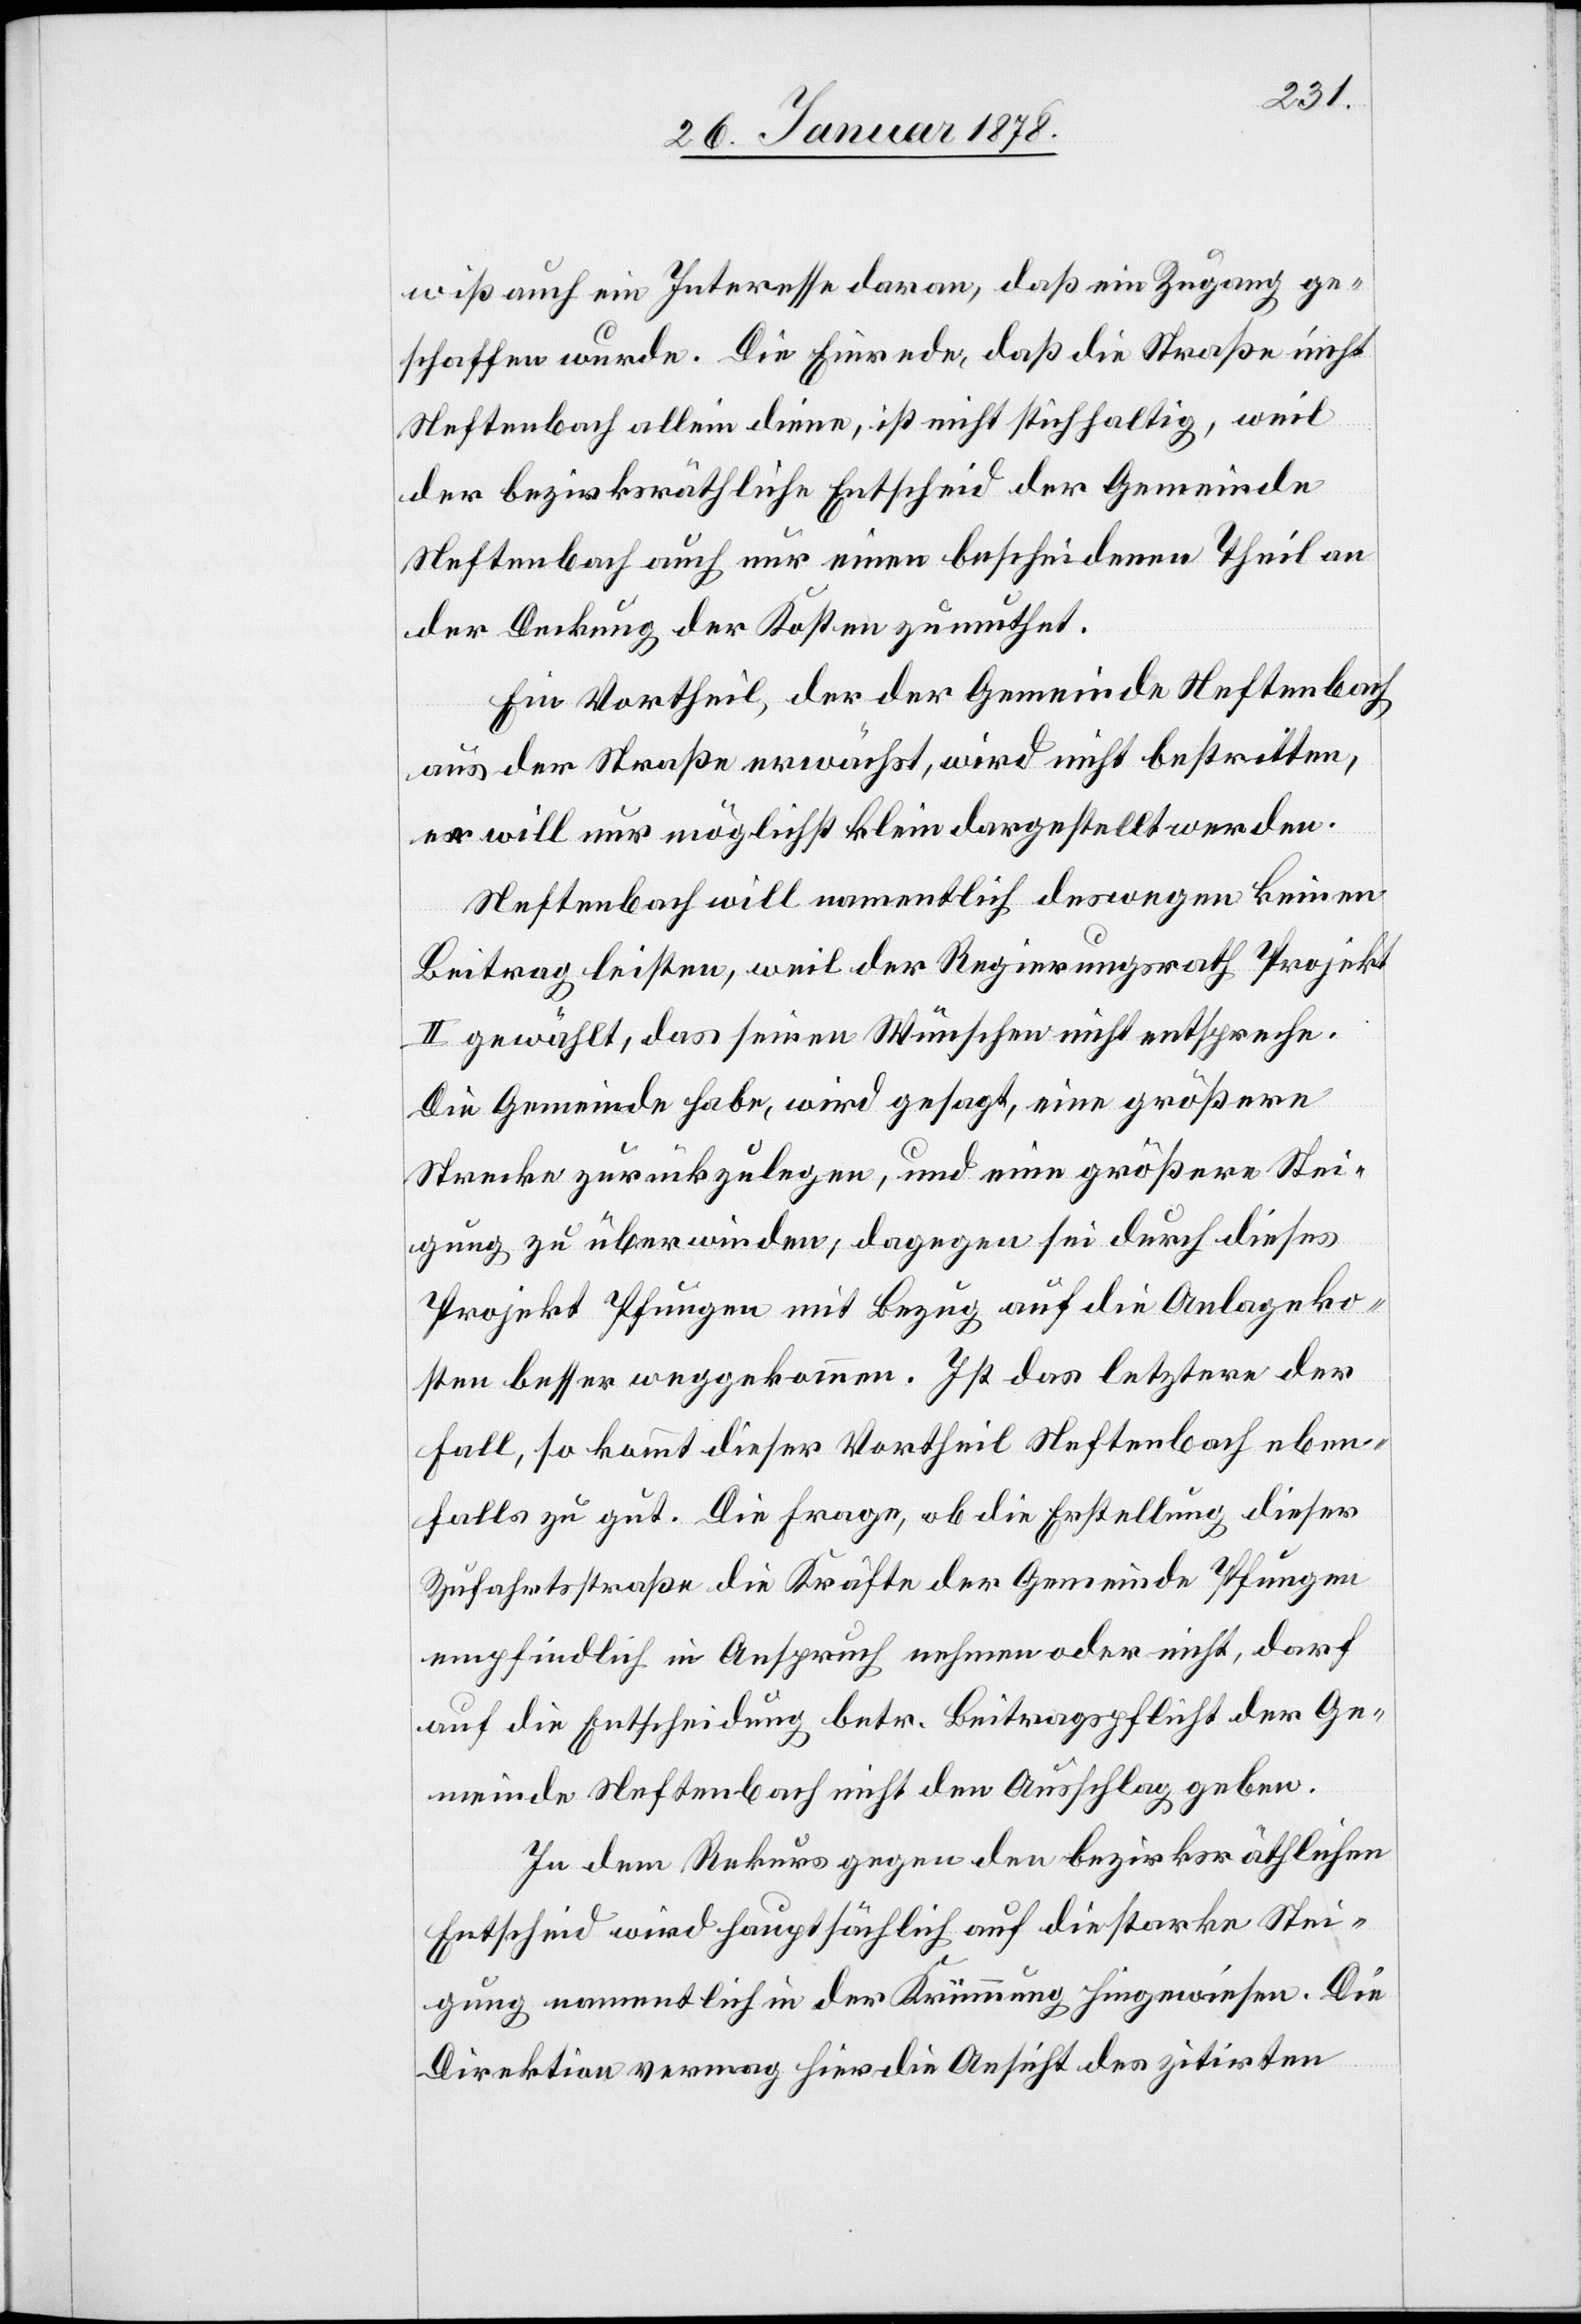
wiß auch ein Interesse daran, daß ein Zugang ge¬
schaffen wurde. Die Einrede, daß die Straße nicht
Neftenbach allein diene, ist nicht stichhaltig, weil
der bezirksräthliche Entscheid der Gemeinde
Neftenbach auch nur einen bescheidenen Theil an
der Deckung der Kosten zumuthet.
Ein Vortheil, der der Gemeinde Neftenbach
aus der Straße erwächst, wird nicht bestritten,
er will nur möglichst klein dargestellt werden.
Neftenbach will namentlich deswegen keinen
Beitrag leisten, weil der Regierungsrath Projekt
II gewählt, das seinen Wünschen nicht entspreche.
Die Gemeinde habe, wird gesagt, eine größere
Strecke zurückzulegen, und eine größere Stei¬
gung zu überwinden, dagegen sei durch dieses
Projekt Pfungen mit Bezug auf die Anlageko¬
sten besser weggekommen. Ist das letztere der
Fall, so kommt dieser Vortheil Neftenbach eben¬
falls zu gut. Die Frage, ob die Erstellung dieser
Zufahrsstraße die Kräfte der Gemeinde Pfungen
empfindlich in Anspruch nehme oder nicht, darf
auf die Entscheidung betr. Beitragspflicht der Ge¬
meinde Neftenbach nicht den Ausschlag geben.
In dem Rekurs gegen den bezirksräthlichen
Entscheid wird hauptsächlich auf die starke Stei¬
gung namentlich in der Krümmung hingewiesen. Die
Direktion vermag hier die Ansicht des zitirten